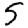
Digit: 5